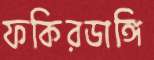
ফকিরডাঙ্গি